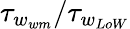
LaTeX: \tau_{w_{wm}}/\tau_{w_{LoW}}